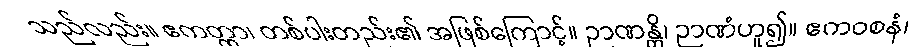
သည်လည်း။ ဧကတ္ထာ၊ တစ်ပါးတည်း၏ အဖြစ်ကြောင့်။ ဉာဏန္တိ၊ ဉာဏံဟူ၍။ ဧကဝစနံ၊